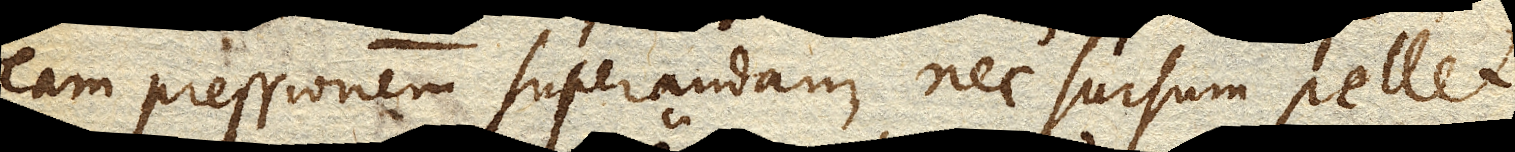
eam pressionem superandam, nec sursum pellet